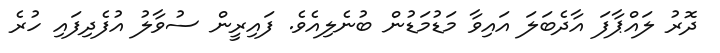
ދޮރު ލައްޕާފަ އާދެބަލަ އައިވާ މަޑުމަޑުން ބުނެލިއެވެ. ފައިރީން ސުވާލު އުފެދިފައި ހުރެ